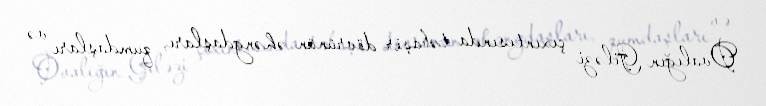
Ovalığın Giləzi çıxıntısında təbaşir dövrünün əhəngdaşları, qumdaşları və